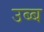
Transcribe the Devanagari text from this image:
उब्ब